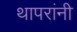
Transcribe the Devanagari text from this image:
थापरांनी